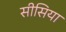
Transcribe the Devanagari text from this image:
सीसिया